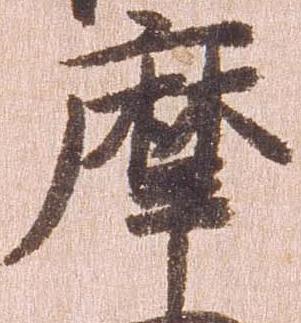
摩